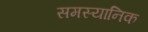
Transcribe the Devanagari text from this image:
समस्यानिक